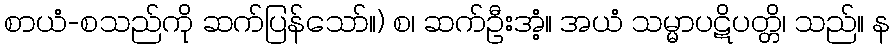
စာယံ-စသည်ကို ဆက်ပြန်သော်။) စ၊ ဆက်ဦးအံ့။ အယံ သမ္မာပဋိပတ္တိ၊ သည်။ န